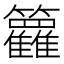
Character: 𬖈